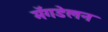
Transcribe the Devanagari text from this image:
मॅगडेलन